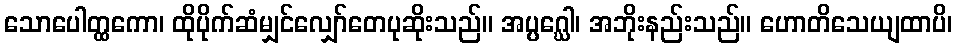
သောပေါတ္ထကော၊ ထိုပိုက်ဆံမျှင်လျှော်တေပုဆိုးသည်။ အပ္ပဂ္ဃေါ၊ အဘိုးနည်းသည်။ ဟောတိသေယျထာပိ၊